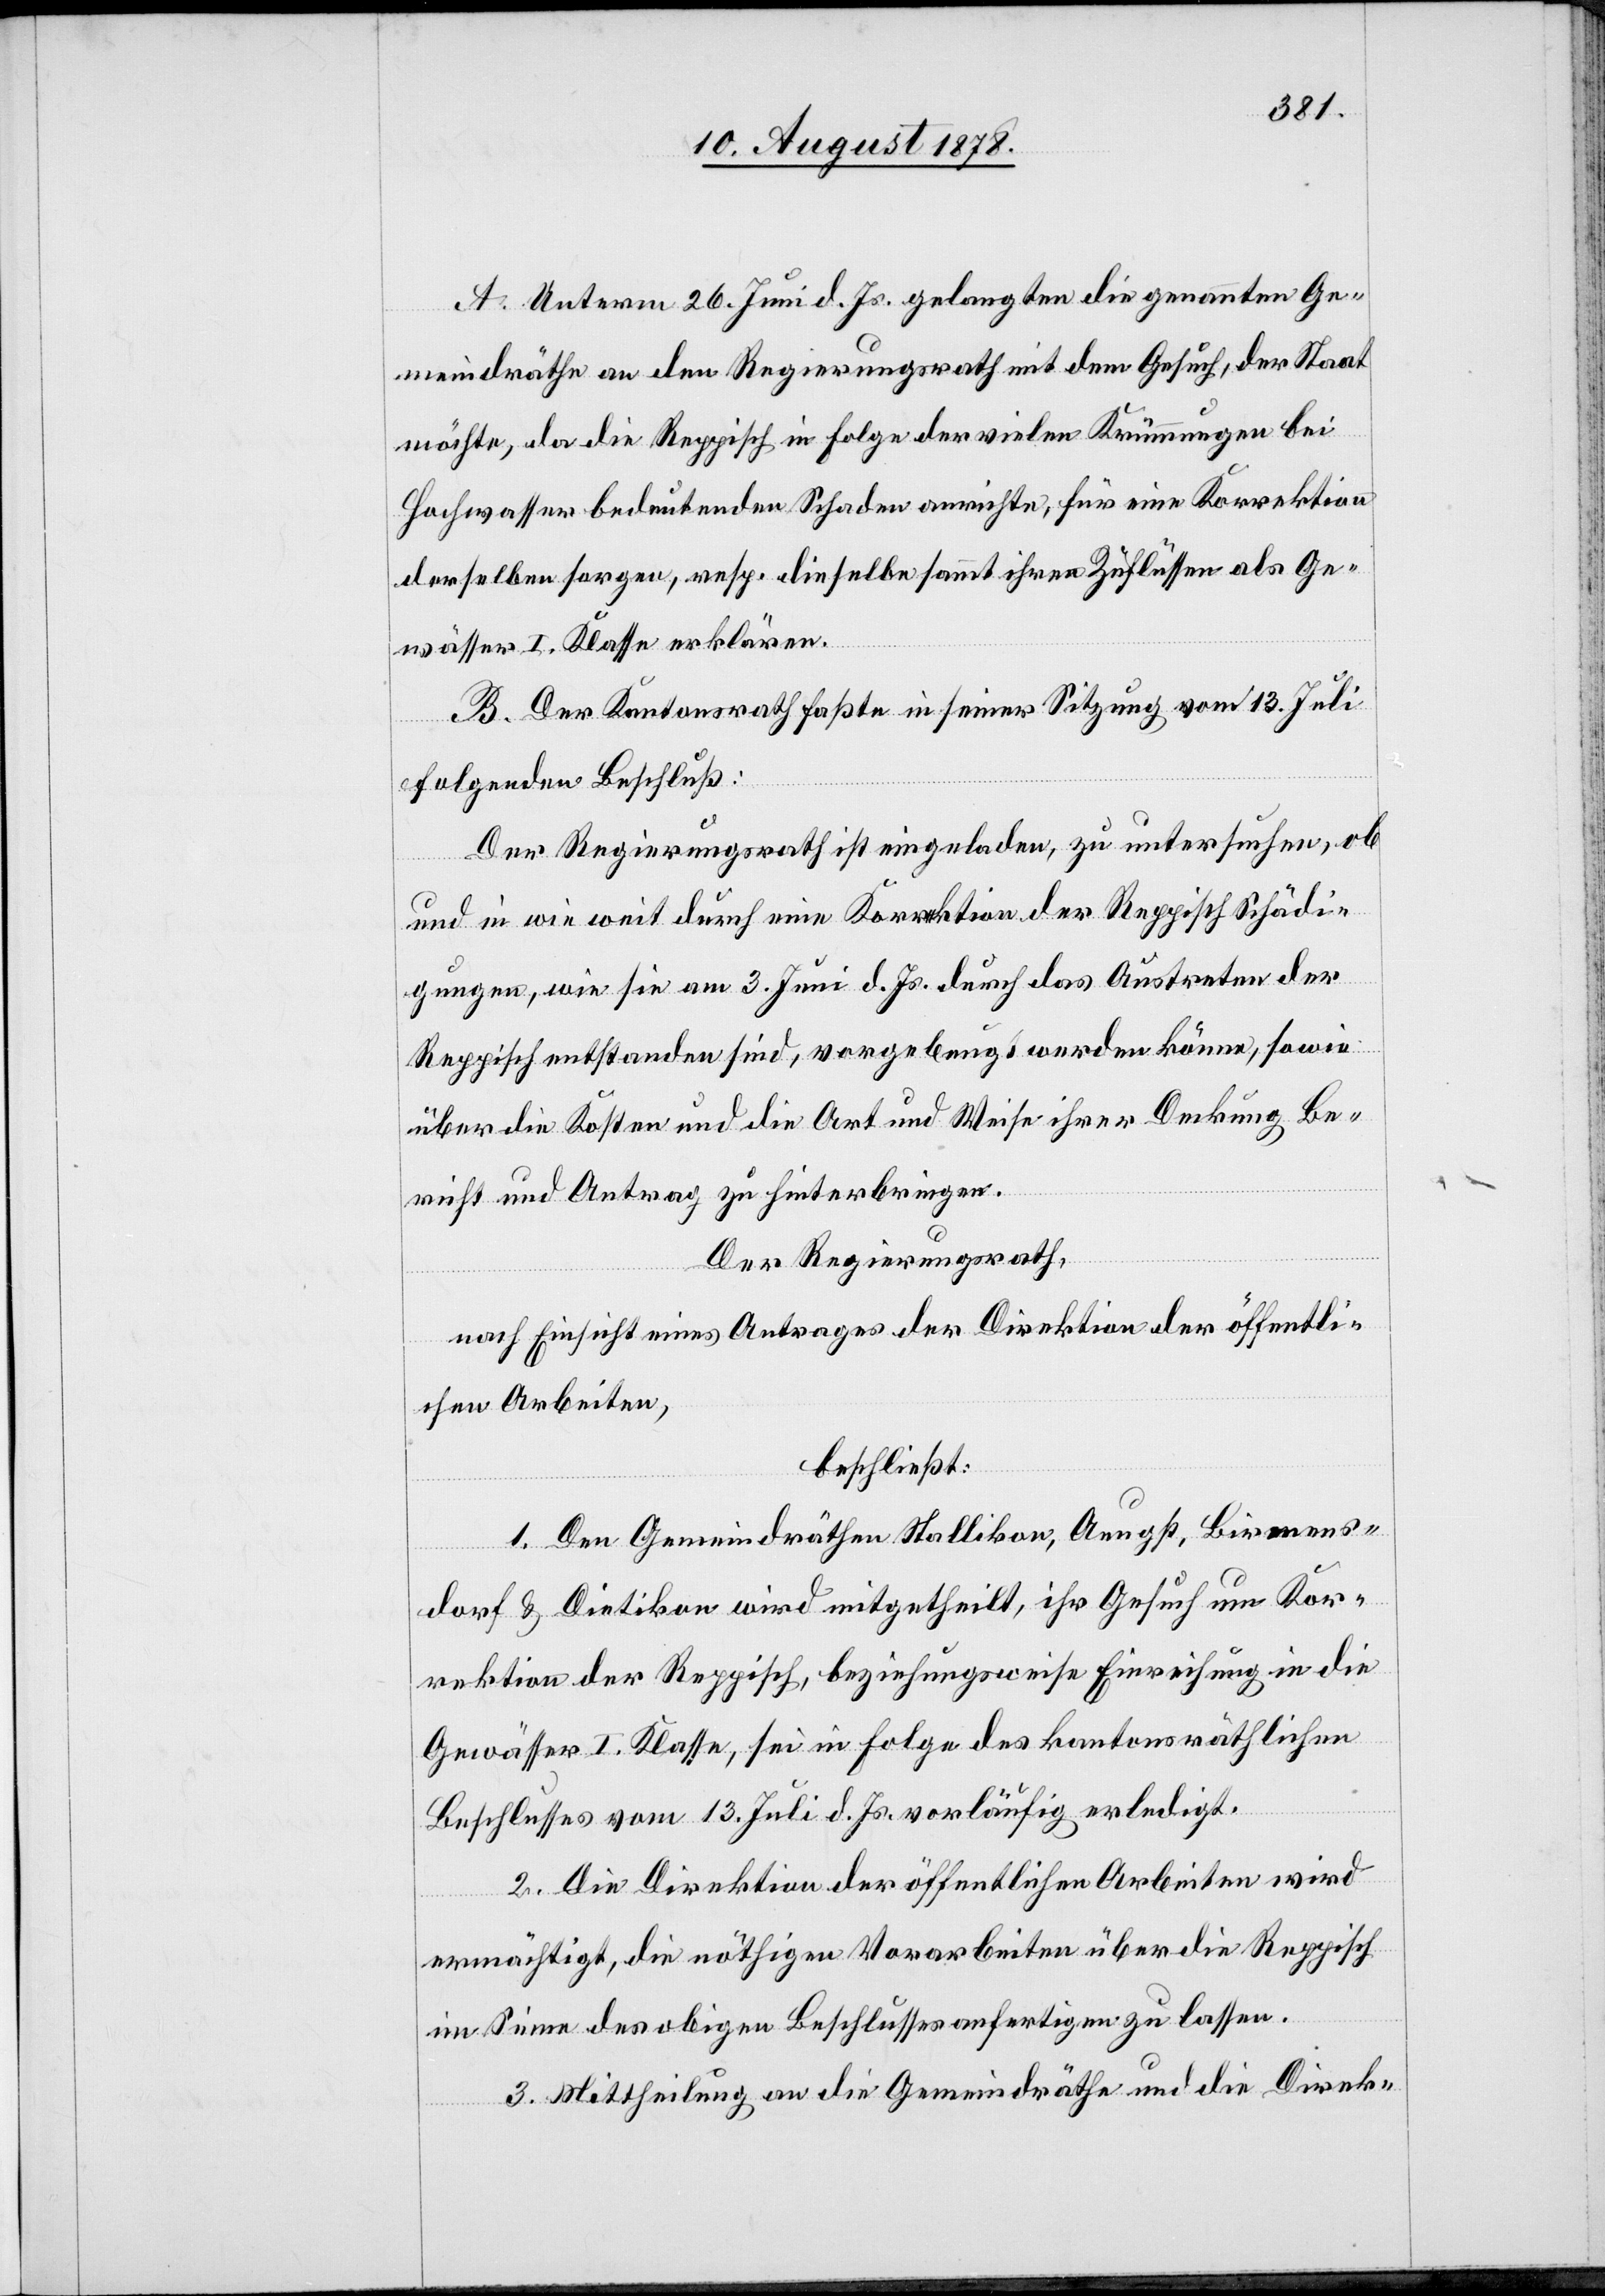
A. Unterm 26. Juni d. Js. gelangten die genannten Ge¬
meindräthe an den Regierungsrath mit dem Gesuch, der Staat
möchte, da die Reppisch in Folge der vielen Krümmungen bei
Hochwasser bedeutenden Schaden anrichte, für eine Korrektion
derselben sorgen, resp. dieselbe sammt ihren Zuflüssen als Ge¬
wässer I. Klasse erklären.
B. Der Kantonsrath faßte in seiner Sitzung vom 13. Juli
folgenden Beschluß:
Der Regierungsrath ist eingeladen, zu untersuchen, ob
und in wie weit durch eine Korrektion der Reppisch Schädi¬
gungen, wie sie am 3. Juni d. Js. durch das Austreten der
Reppisch entstanden sind, vorgebeugt werden könne, sowie
über die Kosten und die Art und Weise ihrer Deckung Be¬
richt und Antrag zu hinterbringen.
Der Regierungsrath,
nach Einsicht eines Antrages der Direktion der öffentli¬
chen Arbeiten,
beschließt:
1. Den Gemeindräthen Stallikon, Aeugst, Birmens¬
dorf & Dietikon wird mitgetheilt, ihr Gesuch um Kor¬
rektion der Reppisch, beziehungsweise Einreichung in die
Gewässer I. Klasse, sei in Folge des kantonsräthlichen
Beschlusses vom 13. Juli d. Js. vorläufig erledigt.
2. Die Direktion der öffentlichen Arbeiten wird
ermächtigt, die nöthigen Vorarbeiten über die Reppisch
im Sinne des obigen Beschlusses anfertigen zu lassen.
3. Mittheilung an die Gemeindräthe und die Direk-